Report on vaccination in the Province of Bengal - 1869-1873
Year: 1869
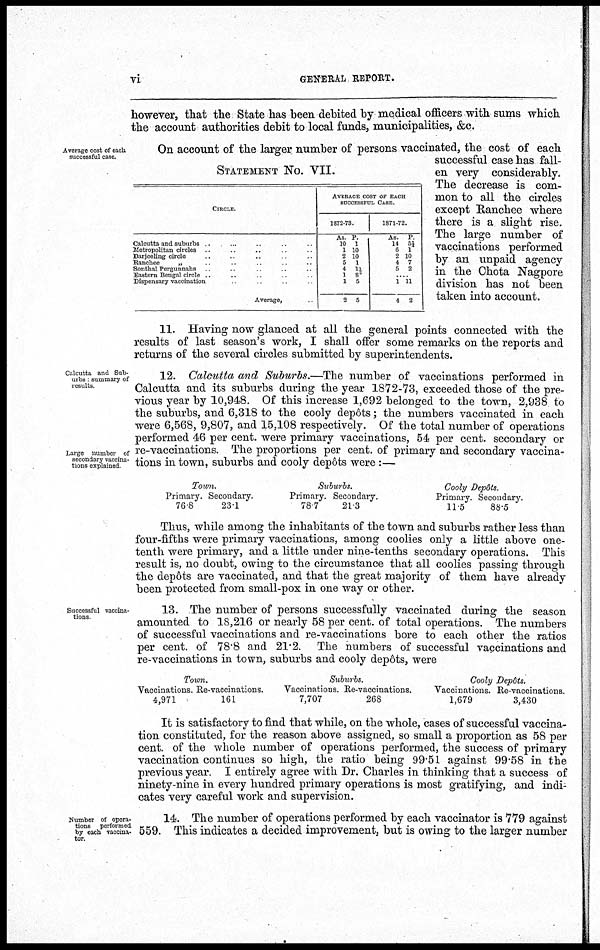
vi
GENERAL REPORT.
however, that the State has been debited by medical officers with sums which
the account authorities debit to local funds, municipalities, &c.
Average cost of each
successful case.
STATEMENT No. VII.
CIRCLE.
Calcutta and suburbs ... ... ... ...
Metropolitan circles ... ... ... ...
Darjeeling circle ... ... ... ...
Ranchee „ ... ... ... ...
Sonthal Pergunnahs
...
...
...
...
Eastern Bengal circle ... ... ... ...
Dispensary vaccination ... ... ... ...
Average,
AVERAGE COST OF EACH
SUCCESSFUL CASE
1872-73.
As
10
1
2
5
4
1
1
2
P.
1
10
10
1
1 1/6
8
5
5
1871-72.
As.
14
6
2
4
5
P.
5¼
1
10
7
2
...
1
4
11
2
On account of the larger number of persons vaccinated, the cost of each
successful case has fall-
en very considerably.
The decrease is com-
mon to all the circles
except Ranchee where
there is a slight rise.
The large number of
vaccinations performed
by an unpaid agency
in the Chota Nagpore
division has not been
taken into account.
11. Having now glanced at all the general points connected with the
results of last season's work, I shall offer some remarks on the reports and
returns of the several circles submitted by superintendents.
Calcutta and Sub-
urbs summary of
results
Large number of
secondary vaccina-
tions explained.
12. Calcutta and Suburbs.—The number of vaccinations performed in
Calcutta and its suburbs during the year 1872-73, exceeded those of the pre-
vious year by 10,948. Of this increase 1,692 belonged to the town, 2,938 to
the suburbs, and 6,318 to the cooly depôts; the numbers vaccinated in each
were 6,568, 9,807, and 15,108 respectively. Of the total number of operations
performed 46 per cent. were primary vaccinations, 54 per cent. secondary or
re-vaccinations. The proportions per cent. of primary and secondary vaccina-
tions in town, suburbs and cooly depôts were :—
Town.
Primary.
76.8
Secondary.
23.1
Suburbs.
Primary.
78.7
Secondary.
21.3
Cooly Depôts.
Primary.
11.5
Secondary.
88.5
Thus, while among the inhabitants of the town and suburbs rather less than
four-fifths were primary vaccinations, among coolies only a little above one-
tenth were primary, and a little under nine-tenths secondary operations. This
result is, no doubt, owing to the circumstance that all coolies passing through
the depôts are vaccinated, and that the great majority of them have already
been protected from small-pox in one way or other.
Successful vaccina-
tions
13. The number of persons successfully vaccinated during the season
amounted to 18,216 or nearly 58 per cent. of total operations. The numbers
of successful vaccinations and re-vaccinations bore to each other the ratios
per cent. of 78.8 and 21.2. The numbers of successful vaccinations and
re-vaccinations in town, suburbs and cooly depôts, were
Town.
Vaccinations.
4,971
Re-vaccinations.
161
Suburbs.
Vaccinations.
7,707
Re-vaccinations.
268
Cooly Depôts.
Vaccinations.
1,679
Re-vaccinations.
3,430
It is satisfactory to find that while, on the whole, cases of successful vaccina-
tion constituted, for the reason above assigned, so small a proportion as 58 per
cent. of the whole number of operations performed, the success of primary
vaccination continues so high, the ratio being 99.51 against 99.58 in the
previous year. I entirely agree with Dr. Charles in thinking that a success of
ninety-nine in every hundred primary operations is most gratifying, and indi-
cates very careful work and supervision.
Number of opera-
tions performed
by each vaccina-
tor.
14. The number of operations performed by each vaccinator is 779 against
559. This indicates a decided improvement, but is owing to the larger number